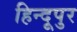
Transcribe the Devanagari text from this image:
हिन्दूपुर